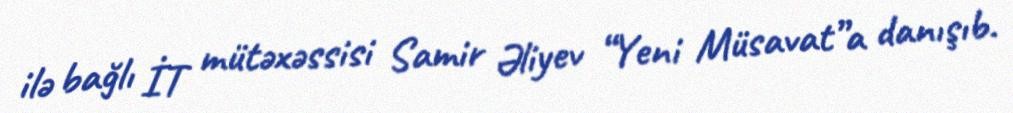
ilə bağlı İT mütəxəssisi Samir Əliyev “Yeni Müsavat”a danışıb.